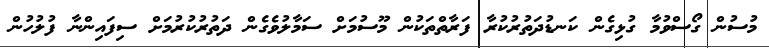
މުސުން ގޯސްވުމާ ގުޅިގެން ކަނޑުދަތުރުކުރާ ފަރާތްތަކުން މޫސުމަށް ސަމާލުވެގެން ދަތުރުކުރުމަށް ސިފައިންނާ ފުލުހުން